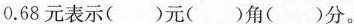
0.68元表示()元()角()分。